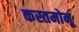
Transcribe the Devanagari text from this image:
कस्तमोनू